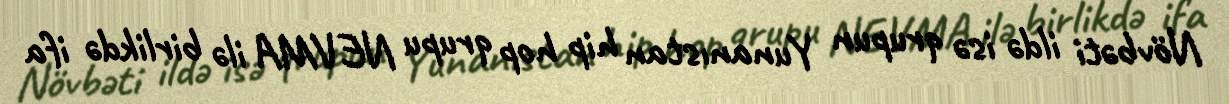
Növbəti ildə isə qrupun Yunanıstan hip hop qrupu NEVMA ilə birlikdə ifa